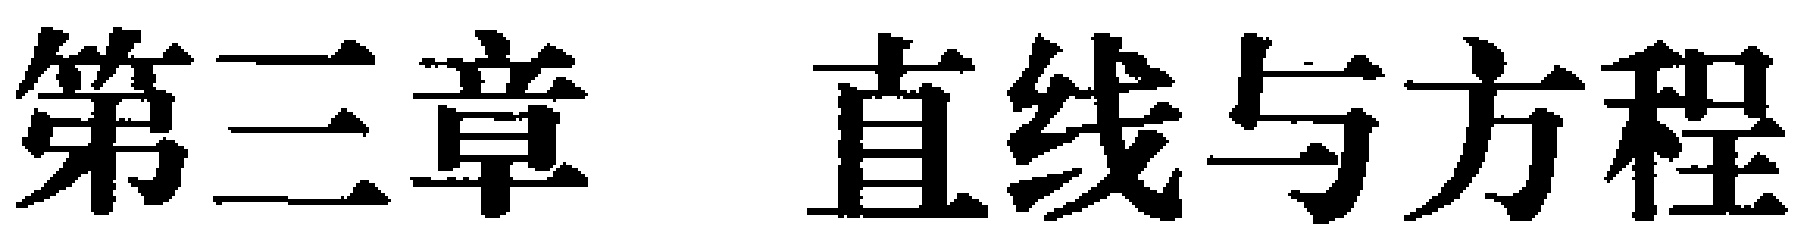
第三章 直线与方程